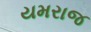
યમરાજ